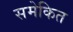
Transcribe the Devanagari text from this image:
समेकित